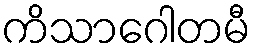
ကိသာဂေါတမီ